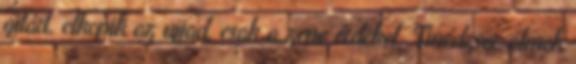
gitárt, elkopik az ujjad, csak a zene érdekel. Tinédzser-álmok